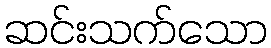
ဆင်းသက်သော